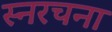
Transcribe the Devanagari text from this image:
स्नरचना